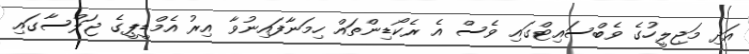
އަދި މަޖިލީހުގެ ވެބްސައިޓްގައި ވެސް އެ ރެކޯޑިންތައް ހިމަނާފައިނުވާ އިރު އެމްޑީޕީގެ ޖަލްސާގައި